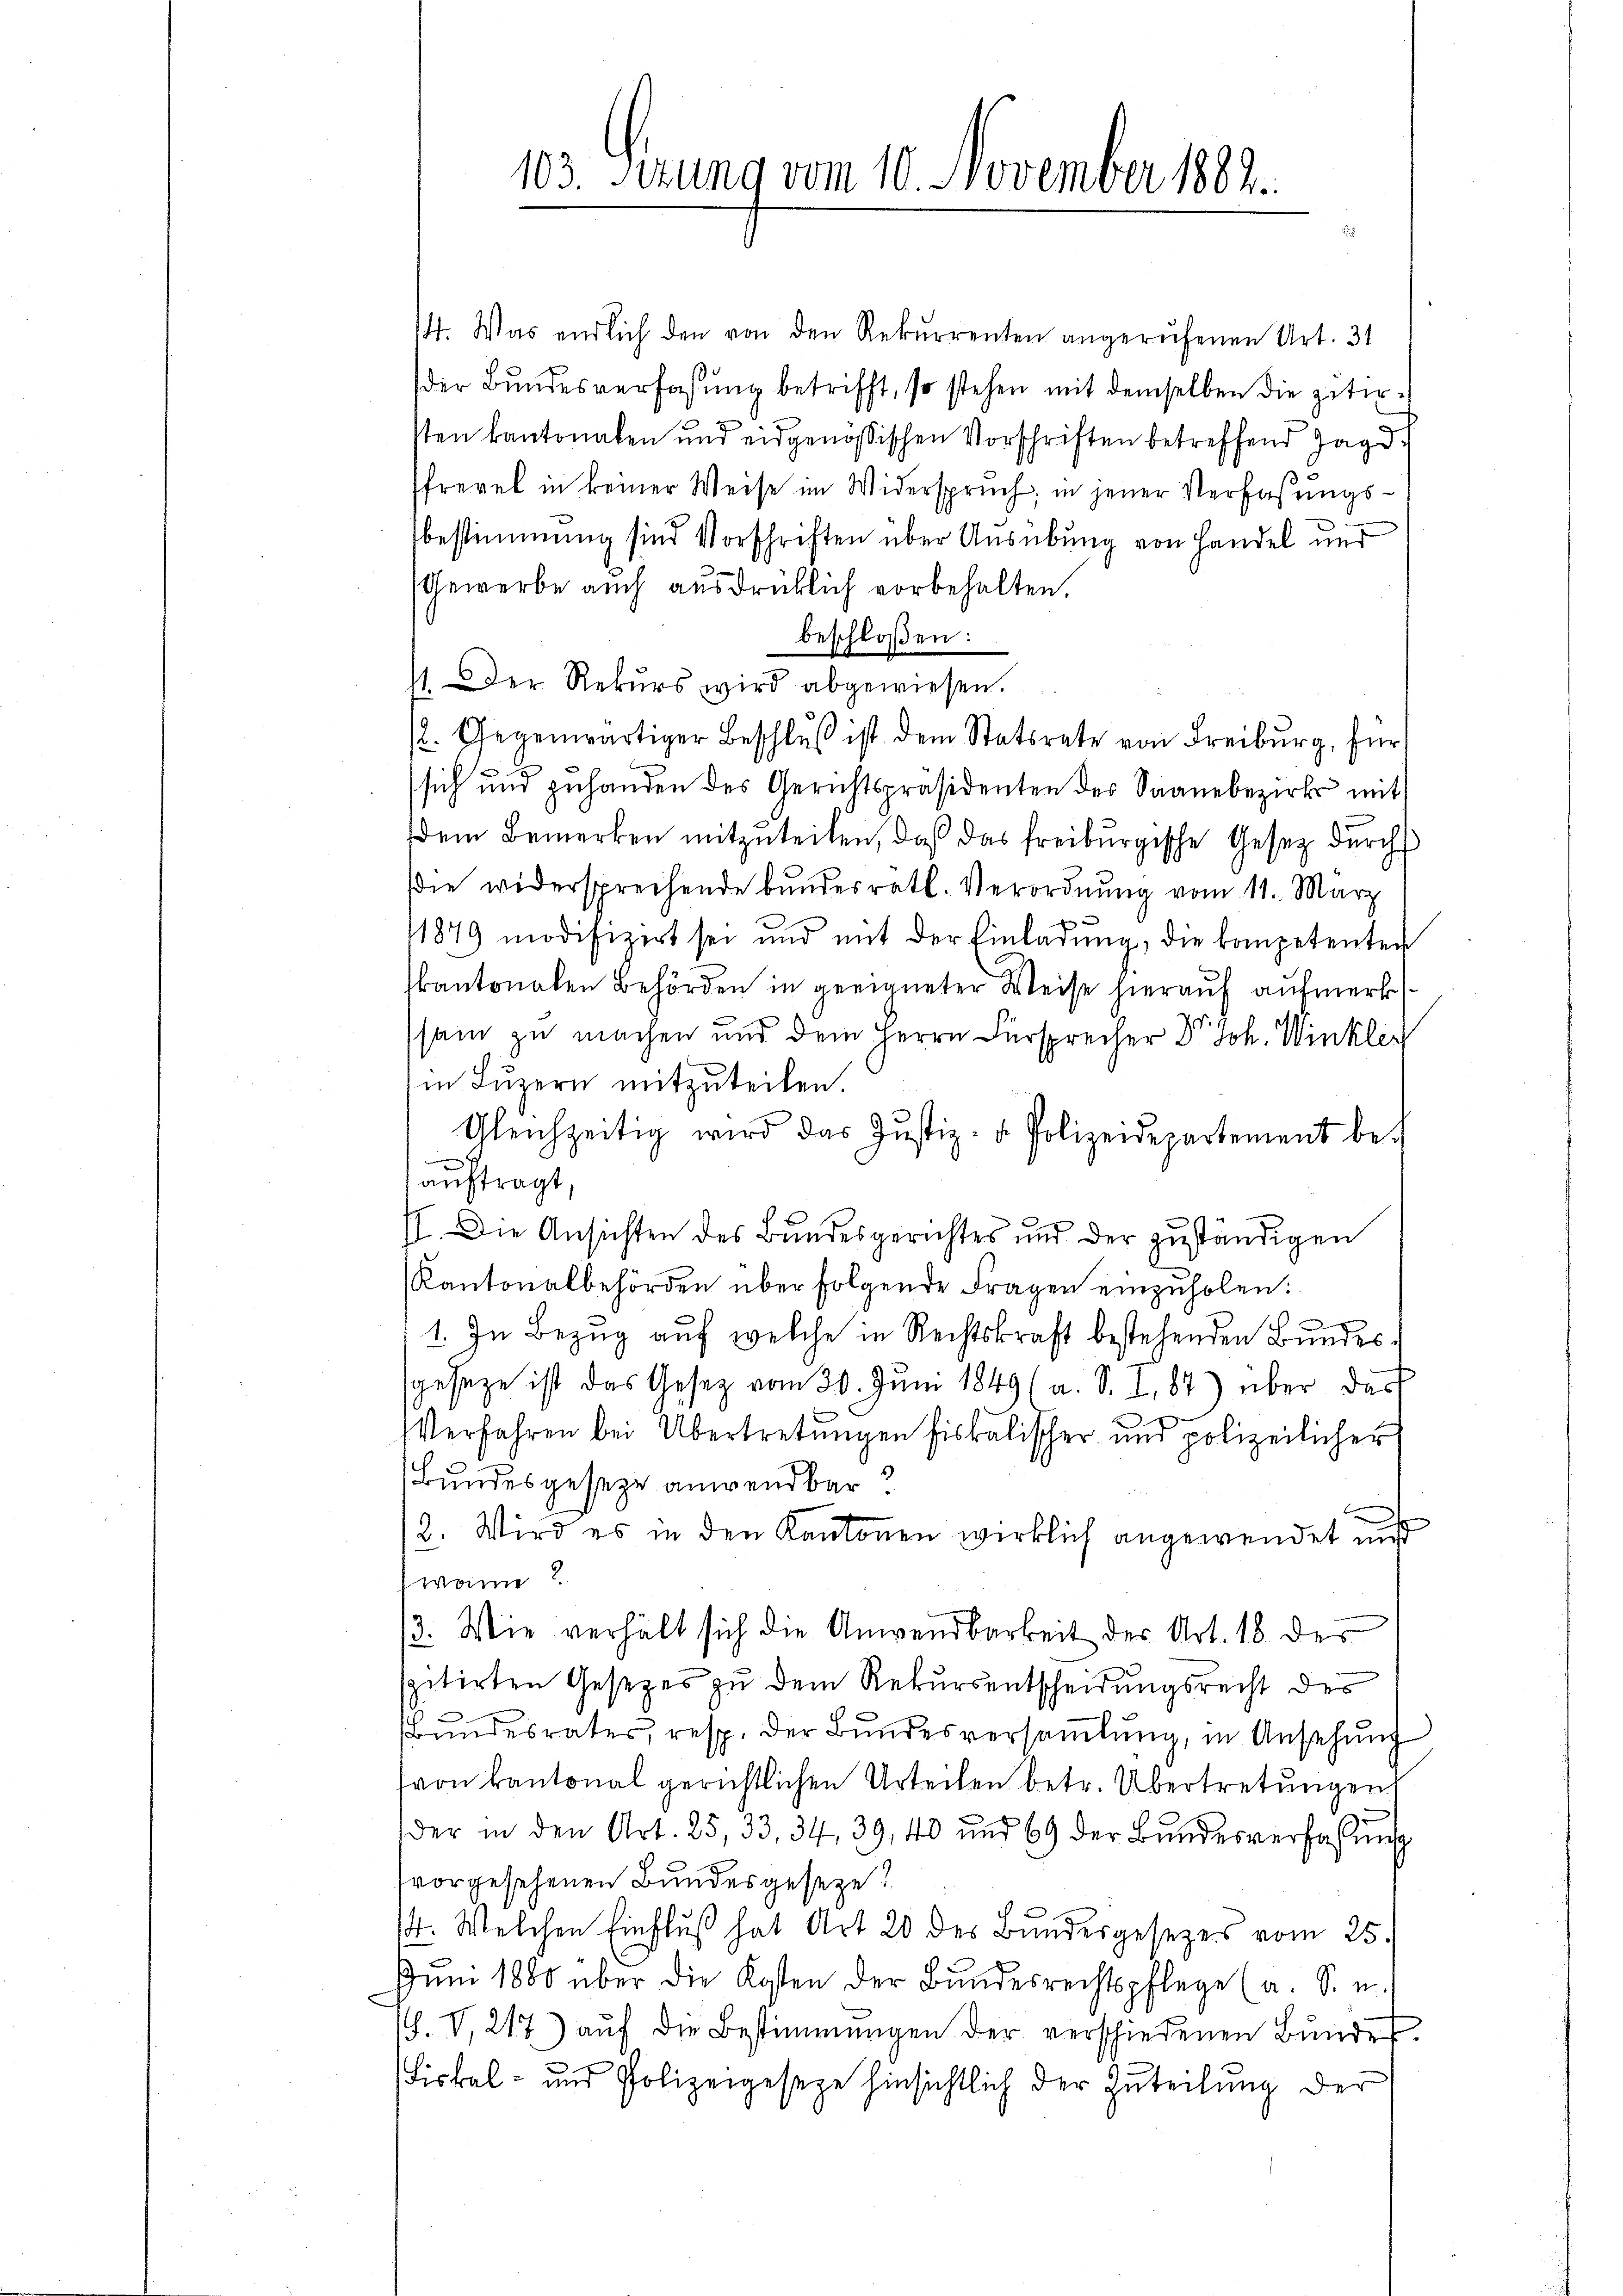
/4. Was endlich den von den Rekurrenten angerufenen Art. 31
der Bundesverfassung betrifft, so stehen mit demselben die zitirsten kantonalen und eidgenössischen Vorschriften betreffend Jagd
Pfrevel in keiner Weise im Widerspruch in jener Verfaßungsbestimmung sind Vorschriften über Ausübung von Handel und
Gewerbe auch ausdrücklich vorbehalten.
beschloßen:
st. Der Rekurs wird abgewiesen.
2. Gegenwärtiger Beschlŭβ ist dem Statsrate von Freiburg, für
sich und gehanden des Gerichtspräsidenten des Saanebezirks mit
dem Bemerken mitzuteilen, daß das freiburgische Gesetz durch
die widersprechende bŭndesrätl. Verordnŭng vom 11. März
/1879 modifiziert sei und mit der Einladŭng, die kompetenten
kantonalen Behörden in geeigneter Weise hierauf aufmerk
sam zu machen und dem Herrn Fürsprecher Dr. Joh. Winkler
in Luzern mitzuteilen.
Gleichzeitig wird das Justiz- & Polizeidepartement be-
auftragt,
II. Die Ansichten des Bundesgerichtes und der zuständigen
Kantonalbehörden über folgende Fragen einzŭholen:
1. In Bezug auf welche in Rechtskraft bestehenden Bundessgeseze ist das Gesetz vom 30. Juni 1849 (a. S. I, 84) über das
Verfahren bei Übertretungen fiskalischer und polizeilicher
Bundesgeseze anwendbar?
b
2. Wird es in den Kantonen wirklich angewendet nicht
wann?
3. Wie verhält sich die Anwendbarkeit der Art. 18 des
spitirten Gesetzes zu dem Rekursentscheidungsrecht des
Bundesrates, resp. der Bundesversammlung, in Ansehung
(von kantonal gerichtlichen Urteilen betr. Übertretungen
der in den Art. 25, 33, 34, 39, 40 und 69 der Bŭndesverfassung
tvorgesehenen Bundesgeseze!
4. Welchen Einfluß hat Art 20 des Bundesgesezes vom 25.
Juni 1880 über die Kosten der Bundesrechtspflege (a. S. u.
S. V, 217) aŭf die Bestimmungen der verschiedenen Bŭndes,
Liskal- und Polizeigeseze hinsichtlich der Zuteilung der

103. Sezung vom 10. November 1882.